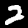
Label: 2